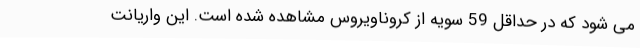
می شود که در حداقل 59 سویه از کروناویروس مشاهده شده است. این واریانت